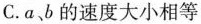
C.a、b的速度大小相等